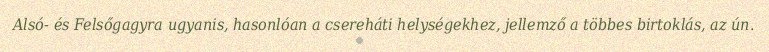
Alsó- és Felsőgagyra ugyanis, hasonlóan a csereháti helységekhez, jellemző a többes birtoklás, az ún.